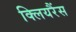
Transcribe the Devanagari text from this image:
क्लियरैंस